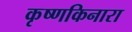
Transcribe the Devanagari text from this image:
कृष्णकिनारा